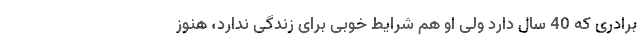
برادری که 40‌ سال دارد ولی او هم شرایط خوبی برای زندگی ندارد، هنوز